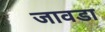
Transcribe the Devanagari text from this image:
जावडा